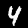
Label: 4